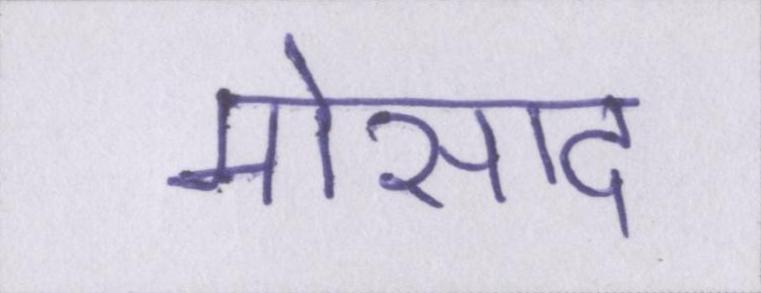
मोसाद